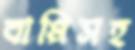
বাপ্পিসহ